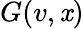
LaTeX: G(v,\mathit{x})